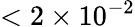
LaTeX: <2\times 10^{-2}